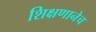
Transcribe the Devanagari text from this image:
शिक्षणानेच